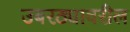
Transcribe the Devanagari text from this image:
उबरठ्यावरील